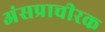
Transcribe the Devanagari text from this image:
अंसप्राचीरक